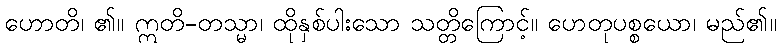
ဟောတိ၊ ၏။ ဣတိ-တသ္မာ၊ ထိုနှစ်ပါးသော သတ္တိကြောင့်။ ဟေတုပစ္စယော၊ မည်၏။